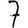
Digit: 7